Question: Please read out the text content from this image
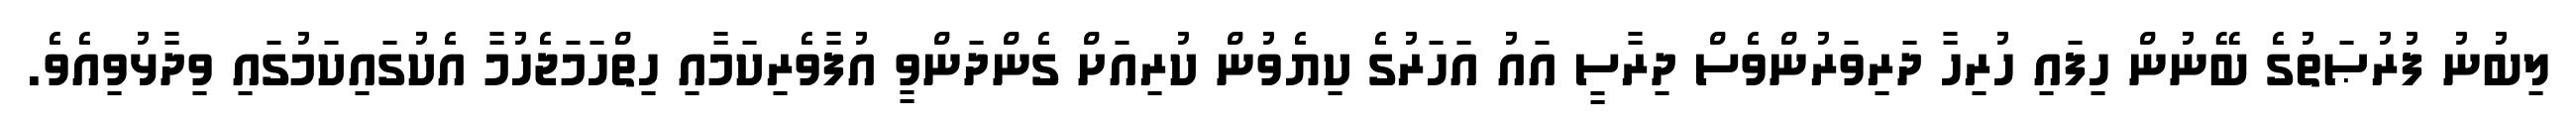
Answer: ލިބުނު ފުރުޞަތުގެ ބޭނުން ހިފައި ހުރިހާ ދަރިވަރުންވެސް ދިރާސީ އައު އަހަރުގެ ކިޔެވުން ކުރިއަށް ގެންދަންވީ އުފާވެރިކަމާއި ހިތްހަމަޖެހުމާ އެކުގައިކަމުގައި ވިދާޅުވިއެވެ.